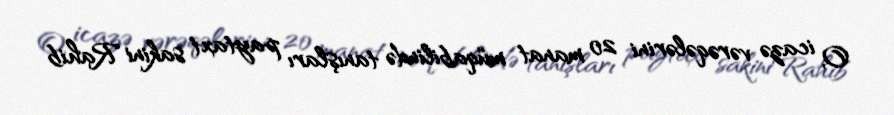
O, icazə vərəqələrini 20 manat müqabilində tanışları paytaxt sakini Rahib